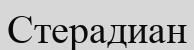
Стерадиан